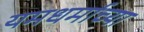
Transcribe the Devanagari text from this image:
यमधर्माच्या